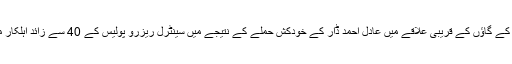
برھان وانی کے گاؤں کے قریبی علاقے میں عادل احمد ڈار کے خودکش حملے کے نتیجے میں سینٹرل ریزرو پولیس کے 40 سے زائد اہلکار مارے گئے۔